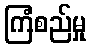
ကြံစည်မှု